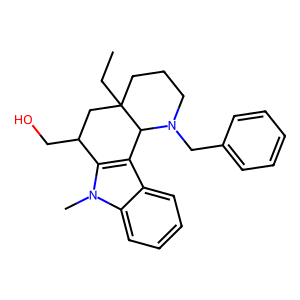
SMILES: CCC12CCCN(Cc3ccccc3)C1c1c(n(C)c3ccccc13)C(CO)C2
Inhibits HIV replication: No